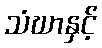
သံဃာနှင့်